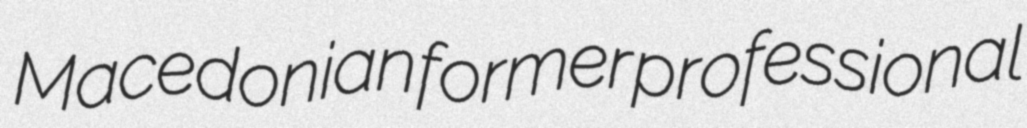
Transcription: Macedonian former professional